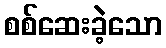
စစ်ဆေးခဲ့သော